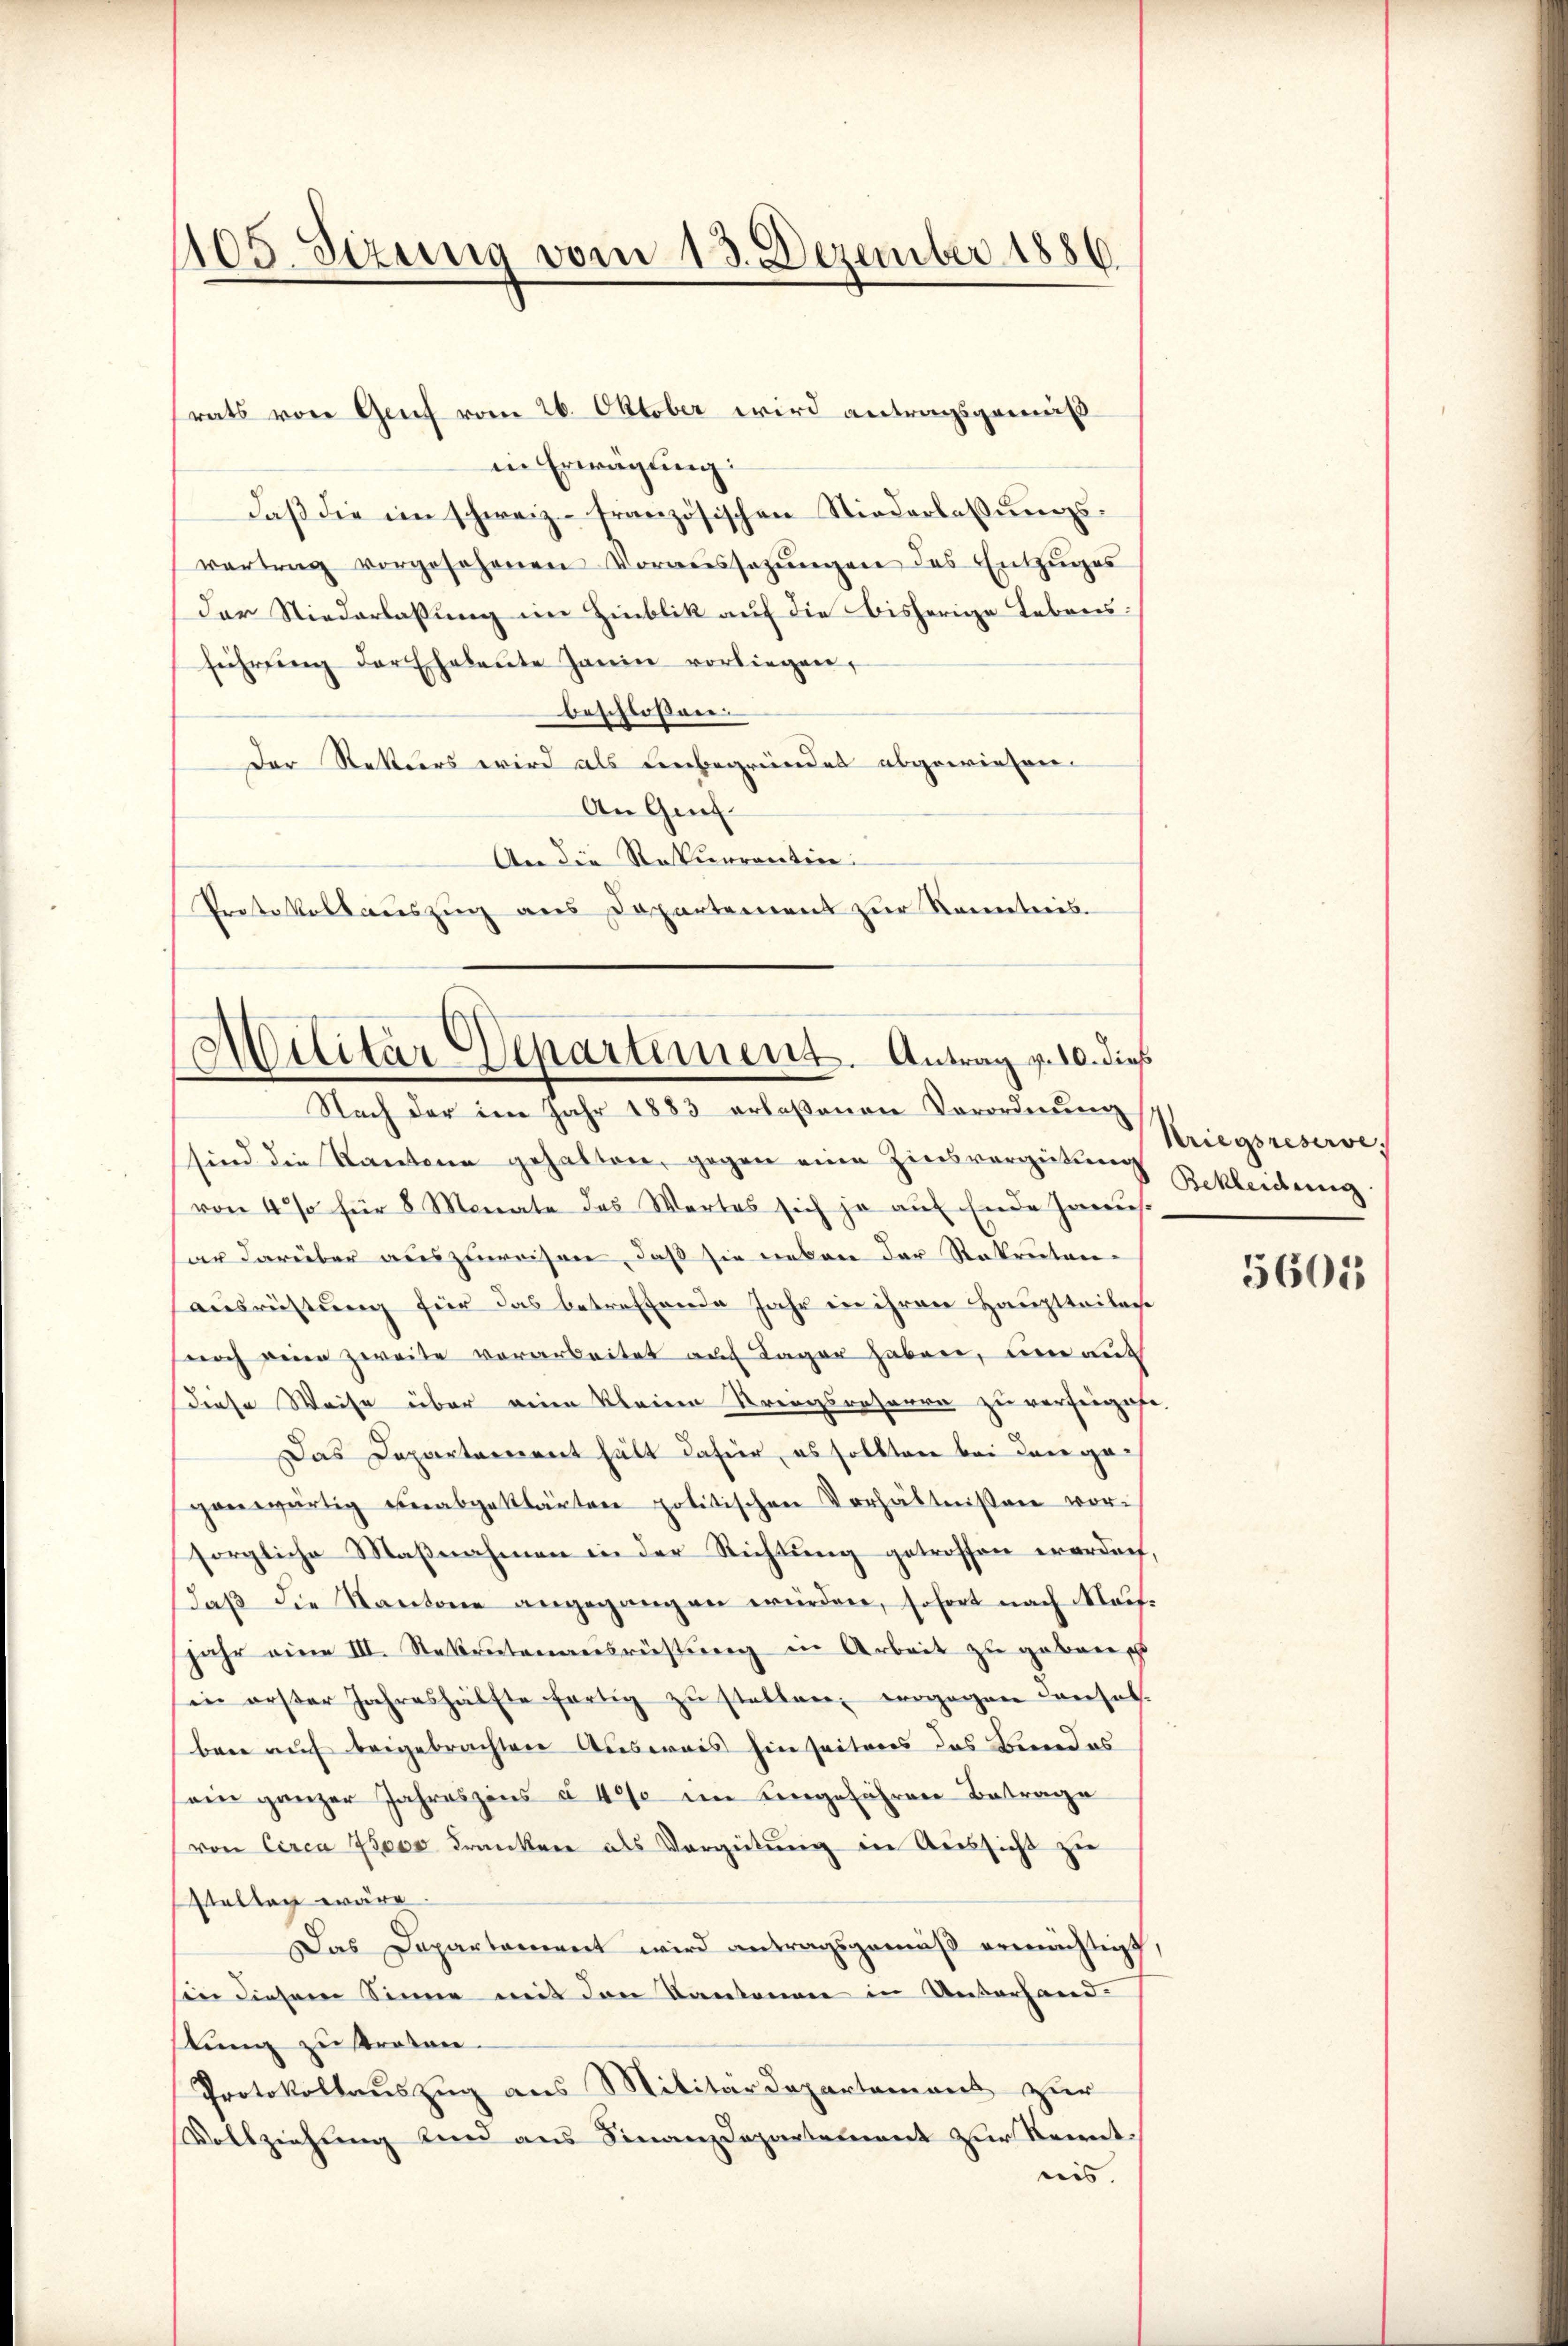
105. Sezung vom 13. Dezember 1886.

in Erwägung:
daß die im schweiz französischen Niederlassungsvertrag vorgesehenen Voraussetzŭngen des Entzuges
der Niederlassung im Hinblik auf die bisherige Lebensführŭng der Ehebaŭte Janin vorliegen,
beschloßene
Der Rettders wird als unbegründet abgewiesen.
An Gef
An die Rekurrentin.
Protokollauszug aus Departement zur Kenntnis.

rats von Genf vom 26. Oktober wird antragsgemäß¬

Militär Departement. Antrag v. 10. dieß
Nach der im Jahr 1883 erlaßenen Vorordnung

sind die Kantone gehalten, gegen eine Zinsvergütung Bekleitung
von 4 % für 8 Monate des Wartes sich ja auf Ende Janus
ar darüber auszuweisen, daß sie neben der Rekruten-
ausrüstung für das betreffende Jahr in ihren Hauptteilere
noch seien zweite vorarbeitet auch Lager haben, um mit
diese Weise über eine kleine Stringsrefera zu verfeigabe.
Das Departeriret hält dafür, es sollten bei Langegenwärtig unabgeklärten politischen Verhältnissen vor-
sorgliche Maßnahmen in der Richtung getroffen erordnet,
Daß die Kantone angegangen würden, sofort nach Meifjahr eine III. Nebentenausrüstung in Arbeit zu geben
in erster Jahreshälfte fertig zŭ stellen, vergegen Conses.
ben auf beigebrachten Ausweis hin seitens das Bundes
ein ganzer Jahreszens § 400 im eingeführen Betrage
von Circa 7000 Franken als Vergütung in Aussicht zu
stalten wäre.
Das Departament wird antragsgemäß ermächtigt,
son diesem Sinne mit den Kantonen in Unterhand
stung zu straten.
Protokollauszug aus Militärdepartemons zur
Vollziehung und aus Finanzdepartement zur Kenntnis.

Kriegsreserve

5601